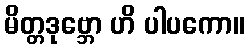
မိတ္တဒုဗ္ဘော ဟိ ပါပကော။